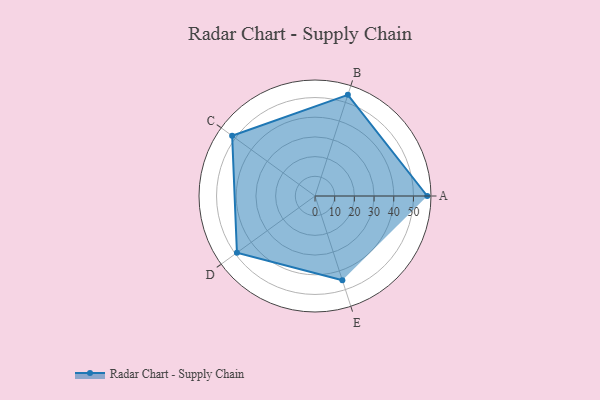
{"axis": {"x": "Skill", "y": "Score"}, "legend": ["Profile"], "data": [{"x": "A", "y": 57.0, "type": "Profile"}, {"x": "B", "y": 54.0, "type": "Profile"}, {"x": "C", "y": 52.0, "type": "Profile"}, {"x": "D", "y": 49.0, "type": "Profile"}, {"x": "E", "y": 45.0, "type": "Profile"}]}